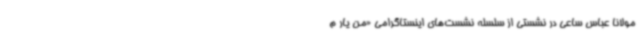
مولانا عباس ساعی در نشستی از سلسله نشست‌های اینستاگرامی «من یار م